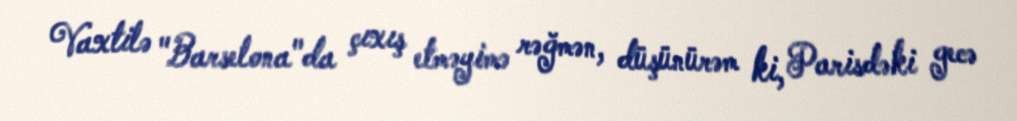
Vaxtilə "Barselona"da çıxış etməyimə rəğmən, düşünürəm ki, Parisdəki gecə